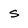
Character: s